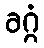
ခဂ္ဂံ